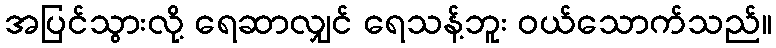
အပြင်သွားလို့ ရေဆာလျှင် ရေသန့်ဘူး ဝယ်သောက်သည်။